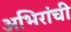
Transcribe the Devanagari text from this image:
अभिरांची